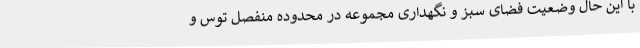
با این حال وضعیت فضای سبز و نگهداری مجموعه در محدوده منفصل توس و